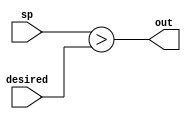
// -------------------------------------------------------------
// 
// 
// Generated by MATLAB 9.13 and HDL Coder 4.0
// 
// 
// -- -------------------------------------------------------------
// -- Rate and Clocking Details
// -- -------------------------------------------------------------
// Model base rate: 2e-08
// Target subsystem base rate: 2e-08
// 
// -------------------------------------------------------------


// -------------------------------------------------------------
// 
// Module: comparator
// Source Path: comparator/comparator
// Hierarchy Level: 0
// 
// -------------------------------------------------------------

`timescale 1 ns / 1 ns

module comparator
          (sp,
           desired,
           out);


  input   signed [15:0] sp;  // int16
  input   signed [15:0] desired;  // int16
  output  out;


  wire GreaterThan_relop1;


  assign GreaterThan_relop1 = sp > desired;


  assign out = GreaterThan_relop1;

endmodule  // comparator